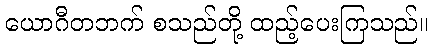
ယောဂီတဘက် စသည်တို့ ထည့်ပေးကြသည်။